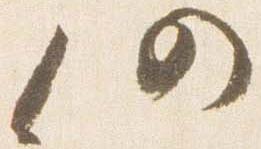
仍